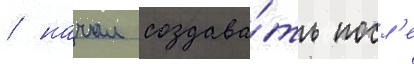
/ начал создава́ть посл'е